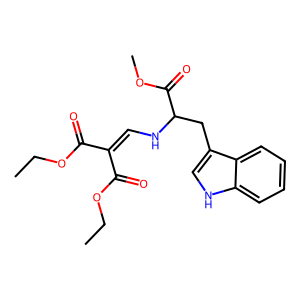
SMILES: CCOC(=O)C(=CNC(Cc1c[nH]c2ccccc12)C(=O)OC)C(=O)OCC
Inhibits HIV replication: No